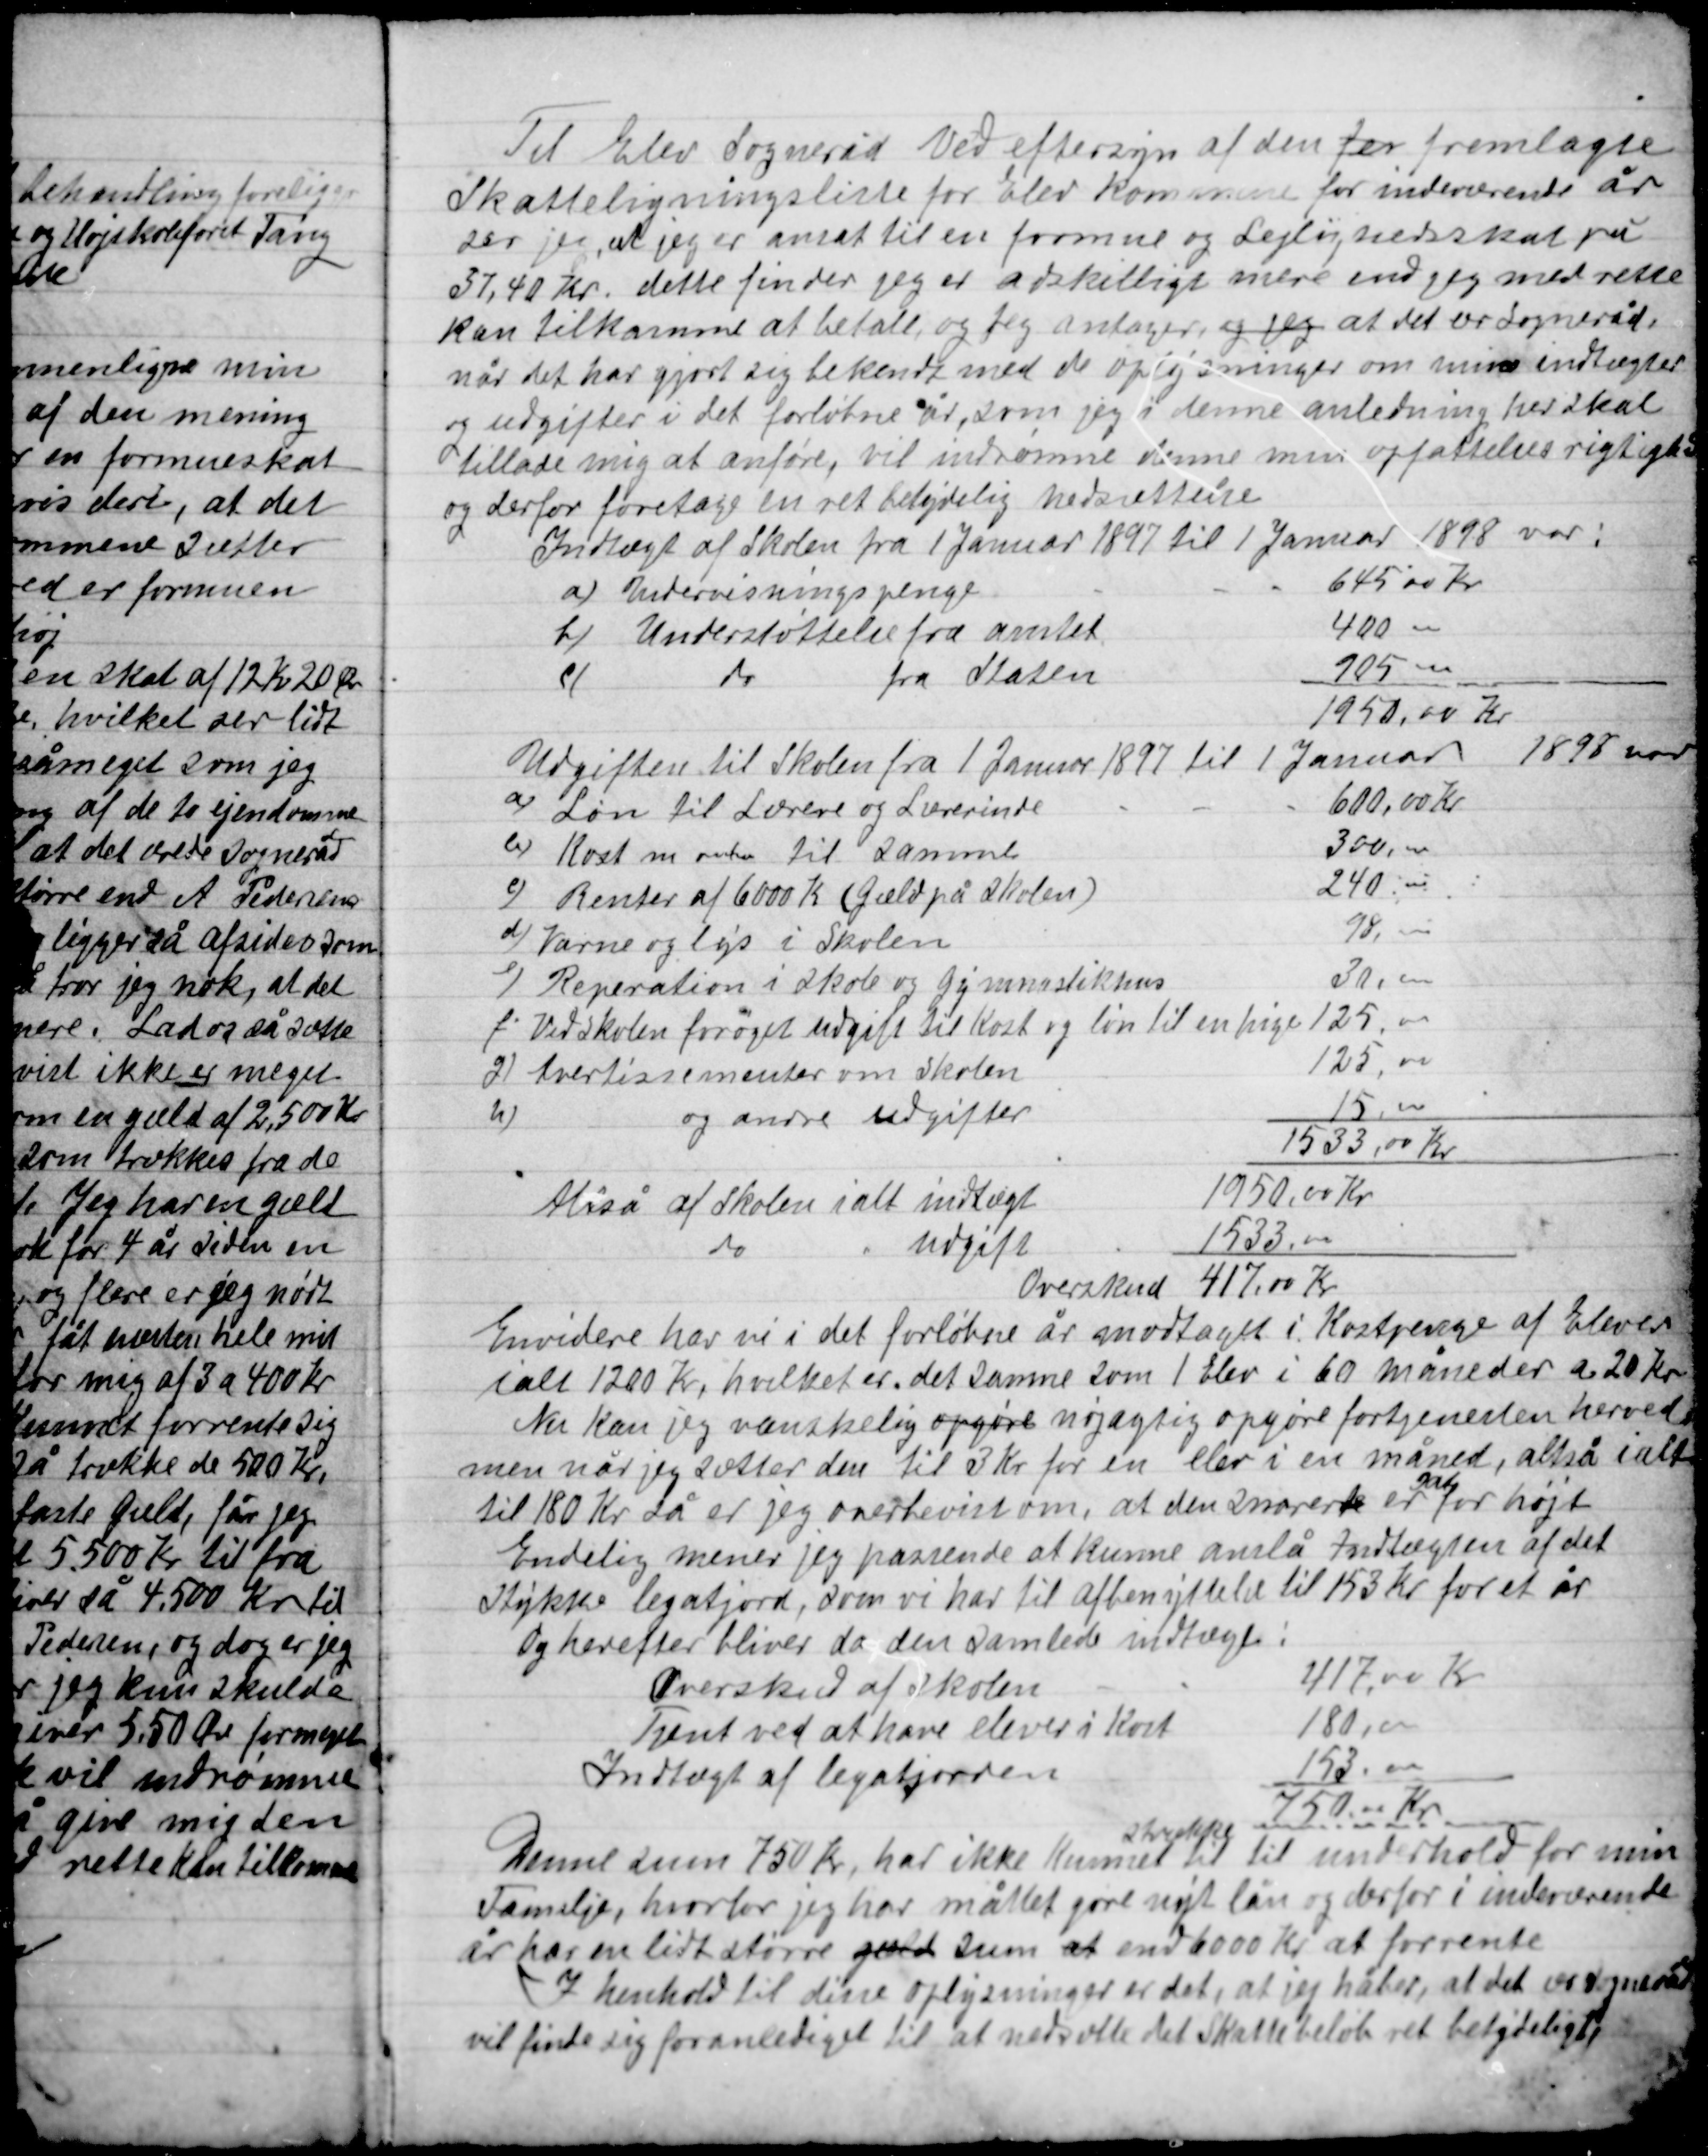
Transskription:
Til Elev Sogneråd Ved eftersyn af den for fremlæggelse
Skatteligningsliste for Elev Kommune for indeværende år
ser jeg at jeg er ansat til en formue og Lejlighedsskat på
37,40 Kr. dette finder jeg er adskillige mere end jeg med rette
Kan tilkomme at betale og jeg antager og jeg at det ærede Sogneråd
når det har gjort sig bekendt med de oplysninger om mine indtægter
og udgifter i det forløbne år som jeg i denne anledning her skal
tillade mig at anføre, vil indrømme denne min opfattelses rigtighed
og derfor foretage en ret betydelig nedsættelse

Endvidere har vi i det forløbne år modtaget i Kostpenge af Elever
ialt 1200 Kr. hvilket er det samme som 1 Elev i 60 måneder ca. 20 Kr.
Nu kan jeg vanskelig opgøre nøjagtig opgøre fortjenesten herved
men når jeg sætter den til 3 Kr. for en elev i en måned, altså i alt
til 180 Kr. så er jeg overbevist om, at den snarere er
alt
for højt
Endelig mener jeg passende at kunne anslå indtægten af det
stykke legatjord, som vi har til afbenyttelse til 153 Kr. for et år
og herefter bliver da den samlede indtægt:

Denne sum 750 Kr, har ikke kunnet
stykke
til til underhold for min
Familie, hvorfor jeg har måttet gøre nyt lån og derfor i indeværende
år har en lidt større gæld sum at end 6000 Kr. at forrente.
I henhold til disse oplysninger er det, at jeg håber at ærede Sogneråd
vil finde sig foranlediget til at nedsætte det skattebeløb ret betydeligt